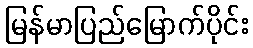
မြန်မာပြည်မြောက်ပိုင်း